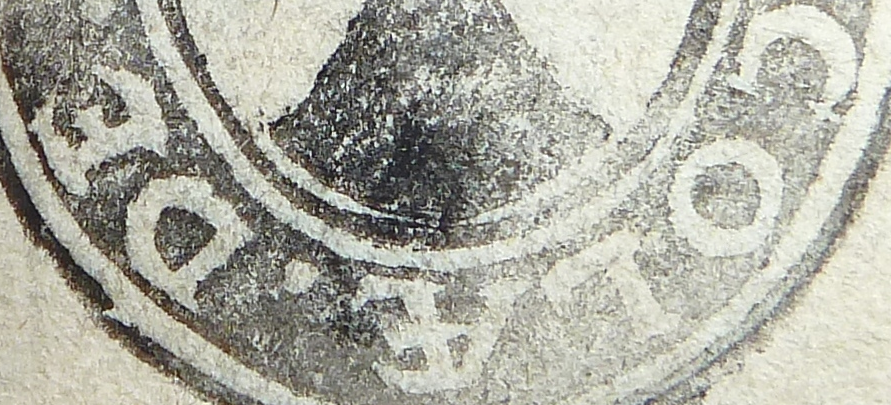
COLA.DE